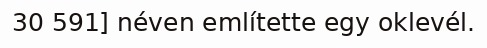
30 591] néven említette egy oklevél.